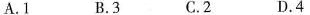
A.1 B.3 C.2 D.4